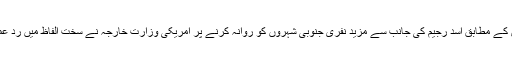
میڈیارپورٹس کے مطابق اسد رجیم کی جانب سے مزید نفری جنوبی شہروں کو روانہ کرنے پر امریکی وزارت خارجہ نے سخت الفاظ میں رد عمل ظاہر کیا ۔